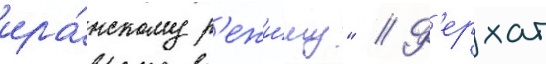
ира́нскому р'ежи́му" // Ф'ерхат